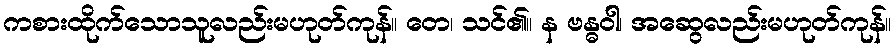
ကစားထိုက်သောသူလည်းမဟုတ်ကုန်။ တေ၊ သင်၏။ န ဗန္ဓဝါ၊ အဆွေလည်းမဟုတ်ကုန်။